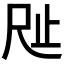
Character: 𣥉